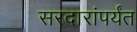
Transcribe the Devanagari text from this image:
सरदारांपर्यंत